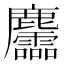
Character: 麢